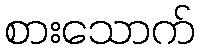
စားသောက်